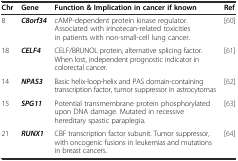
<table><thead><tr><td><b>Chr</b></td><td><b>Gene</b></td><td><b>Function &amp; Implication in cancer if known</b></td><td><b>Ref</b></td></tr></thead><tbody><tr><td>8</td><td><b><i>C8orf34</i></b></td><td>cAMP-dependent protein kinase regulator. Associated with irinotecan-related toxicities in patients with non-small-cell lung cancer.</td><td>[60]</td></tr><tr><td>18</td><td><b><i>CELF4</i></b></td><td>CELF/BRUNOL protein, alternative splicing factor. When lost, independent prognostic indicator in colorectal cancer.</td><td>[61]</td></tr><tr><td>14</td><td><b><i>NPAS3</i></b></td><td>Basic helix-loop-helix and PAS domain-containing transcription factor, tumor suppressor in astrocytomas</td><td>[62]</td></tr><tr><td>15</td><td><b><i>SPG11</i></b></td><td>Potential transmembrane protein phosphorylated upon DNA damage. Mutated in recessive hereditary spastic paraplegia.</td><td>[63]</td></tr><tr><td>21</td><td><b><i>RUNX1</i></b></td><td>CBF transcription factor subunit. Tumor suppressor, with oncogenic fusions in leukemias and mutations in breast cancers.</td><td>[64]</td></tr></tbody></table>